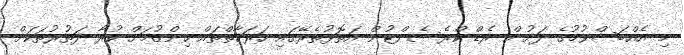
މި އެއްބަސްވުމުގެ ދަށުން ރެޑް ކްރެސެންޓުން އަތޮޅުތެރޭގައި ހަރަކާތްތައް ހިންގުމަށް ކުރާ ދަތުރުތަކަށް